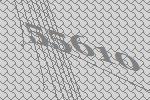
55610